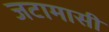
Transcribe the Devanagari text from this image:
जटामासी